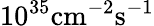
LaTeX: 10^{35}\mathrm{cm}^{-2}\mathrm{s}^{-1}